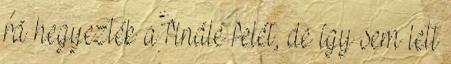
rá hegyezték a finálé felét, de így sem lett